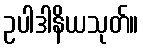
ဥပါဒါနိယသုတ်။